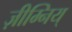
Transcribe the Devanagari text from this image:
ज़ीम्निय्